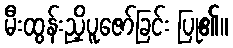
မီးထွန်းညှိပူဇော်ခြင်း ပြု၏။